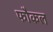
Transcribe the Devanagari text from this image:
फौकल